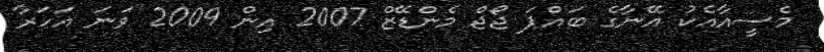
މެސީއާއެކު އޭނާގެ ބައްޕަ ޖޯޖް މެންޑޭޒް 2007 އިން 2009 ވަނަ އަހަރާ